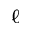
\ell